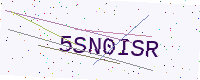
Text: 5SN0ISR